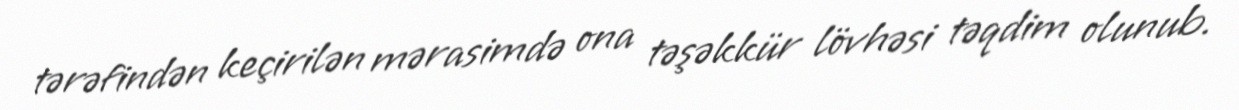
tərəfindən keçirilən mərasimdə ona təşəkkür lövhəsi təqdim olunub.